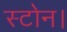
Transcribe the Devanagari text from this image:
स्टोन।